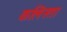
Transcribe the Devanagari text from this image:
कलिस्ता